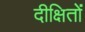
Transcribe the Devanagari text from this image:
दीक्षितों